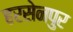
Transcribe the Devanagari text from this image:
हरसेनपुर